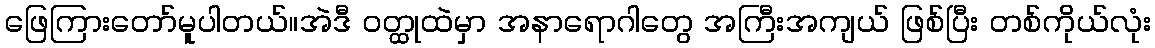
ဖြေကြားတော်မူပါတယ်။အဲဒီ ဝတ္ထုထဲမှာ အနာရောဂါတွေ အကြီးအကျယ် ဖြစ်ပြီး တစ်ကိုယ်လုံး